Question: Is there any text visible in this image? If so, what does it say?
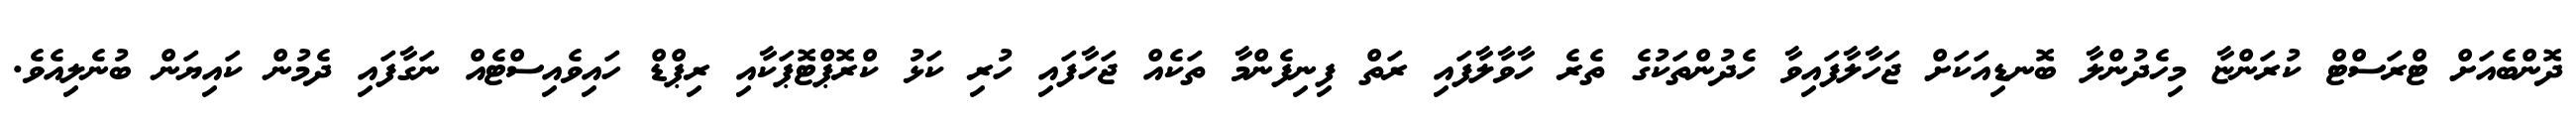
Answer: ދޮންބެއަށް ޓްރަސްޓް ކުރަންޏާ މިހެދުންލާ ބޮނޑިއަކަށް ޖަހާލާފައިވާ ހެދުންތަކުގެ ތެރެ ހާވާލާފައި ރަތް ފިނިފެންމާ ތަކެއް ޖަހާފައި ހުރި ކަޅު ކްރޮޕްޓޮޕަކާއި ރިޕްޑް ހައިވެއިސްޓެއް ނަގާފައި ދެމުން ކައިޔަން ބުނެލިއެވެ.